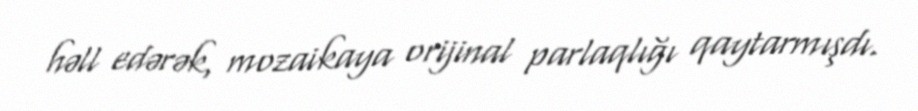
həll edərək, mozaikaya orijinal parlaqlığı qaytarmışdı.